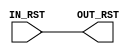

`ifdef BSV_ASSIGNMENT_DELAY
`else
  `define BSV_ASSIGNMENT_DELAY
`endif

`ifdef BSV_POSITIVE_RESET
  `define BSV_RESET_VALUE 1'b1
  `define BSV_RESET_EDGE posedge
`else
  `define BSV_RESET_VALUE 1'b0
  `define BSV_RESET_EDGE negedge
`endif



module SyncReset0 (
		   IN_RST,
		   OUT_RST
		   );

   input   IN_RST ;
   output  OUT_RST ;

   assign  OUT_RST = IN_RST ;

endmodule